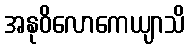
အနုဝိလောကေယျာသိ